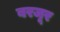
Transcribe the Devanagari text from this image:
बरजूर